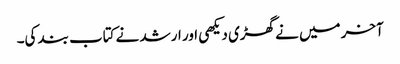
آخر میں نے گھڑی دیکھی اور ارشد نے کتاب بند کی۔